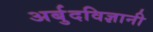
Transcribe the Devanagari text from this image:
अर्बुदविज्ञानी